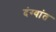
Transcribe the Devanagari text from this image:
दंग्यांत